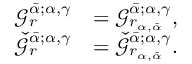
\begin{array} { r l } { \mathcal { G } _ { r } ^ { \bar { \alpha } ; \alpha , \gamma } } & { = \mathcal { G } _ { r _ { \alpha , \bar { \alpha } } } ^ { \bar { \alpha } ; \alpha , \gamma } , } \\ { \check { \mathcal { G } } _ { r } ^ { \bar { \alpha } ; \alpha , \gamma } } & { = \check { \mathcal { G } } _ { r _ { \alpha , \bar { \alpha } } } ^ { \bar { \alpha } ; \alpha , \gamma } . } \end{array}